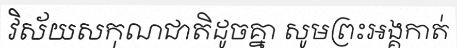
វិស័យសកុណជាតិដូចគ្នា សូមព្រះអង្គកាត់